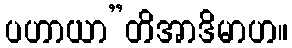
ပဟာယာ”တိအာဒိမာဟ။